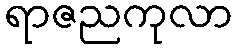
ရာဇညကုလာ